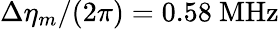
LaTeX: \Delta\eta_{m}/(2\pi)=0.58~\mathrm{MHz}